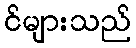
င်များသည်